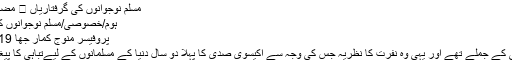
مسلم نوجوانوں کی گرفتاریاں ⋆ مضامین ڈاٹ کام
ہوم/خصوصی/مسلم نوجوانوں کی گرفتاریاں
پروفیسر منوج کمار جھا 11/02/2019
یہی وہ دشمنی کے جملے تھے اور یہی وہ نفرت کا نظریہ جس کی وجہ سے اكیسوی صدی کا پہلا دو سال دنيا کے مسلمانوں کے لیےتباہی کا پیغام لے کر آیا۔